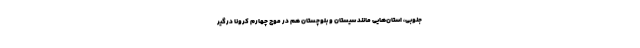
جنوبی، استان‌هایی مانند سیستان و بلوچستان هم در موج چهارم کرونا درگیر